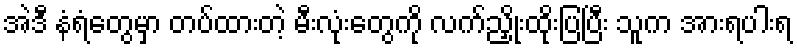
အဲဒီ နံရံတွေမှာ တပ်ထားတဲ့ မီးလုံးတွေကို လက်ညှိုးထိုးပြပြီး သူက အားရပါးရ